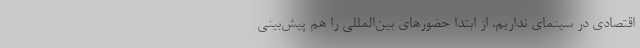
اقتصادی در سینمای نداریم، از ابتدا حضورهای بین‌المللی را هم پیش‌بینی